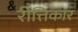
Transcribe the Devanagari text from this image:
रीत्तिकार